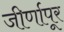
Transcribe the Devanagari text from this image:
जीर्णापूर